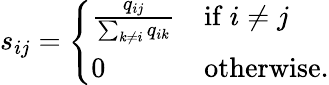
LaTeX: s_{ij}={\left\{ \begin{array}{ll}{{\frac{q_{ij}}{\sum_{k\neq i}q_{ik}}}}&{{\mathrm{if~}}i\neq j}\\ {0}&{{\mathrm{otherwise}}.}\end{array}\right.}